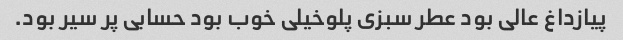
پیازداغ عالی بود عطر سبزی پلو‌خیلی خوب بود حسابی پر سیر بود.